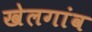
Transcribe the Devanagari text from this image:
खेलगांव